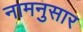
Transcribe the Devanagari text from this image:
नामनुसार